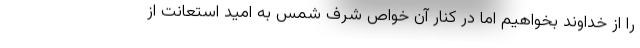
را از خداوند بخواهیم اما در کنار آن خواص شرف شمس به امید استعانت از